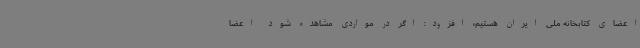
اعضای کتابخانه ملی ایران هستیم، افزود: اگر در مواردی مشاهده شود اعضا